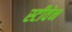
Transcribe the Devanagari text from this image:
स्‍टीवेन